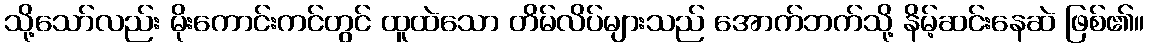
သို့သော်လည်း မိုးကောင်းကင်တွင် ထူထဲသော တိမ်လိပ်များသည် အောက်ဘက်သို့ နိမ့်ဆင်းနေဆဲ ဖြစ်၏။